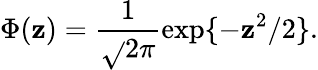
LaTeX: \Phi(\mathbf{z})=\frac{{1}}{{\sqrt{}{{2\pi}}}}\exp\{ -\mathbf{z}^{2}/2\} .